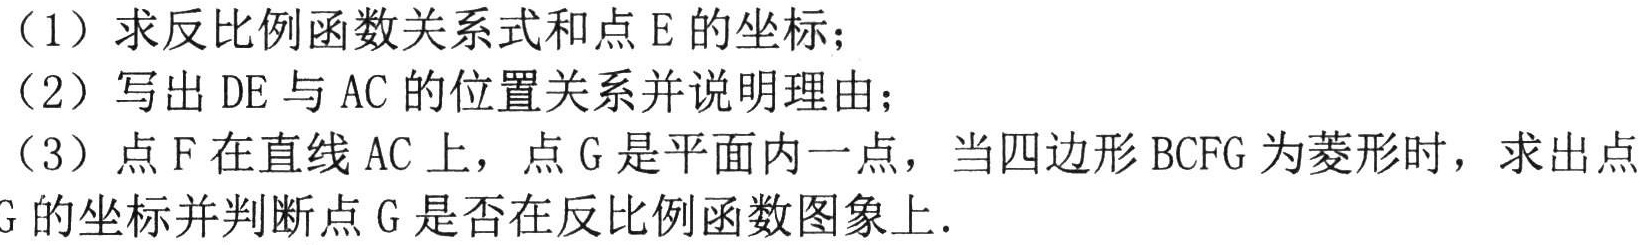
（1）求反比例函数关系式和点\(E\)的坐标；
（2）写出\(DE\)与\(AC\)的位置关系并说明理由；
（3）点\(F\)在直线\(AC\)上，点\(G\)是平面内一点，当四边形\(BCFG\)为菱形时，求出点\(G\)的坐标并判断点\(G\)是否在反比例函数图象上.